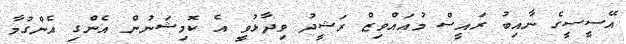
އޭސީސީގެ ނާއިބު ރައީސް މުއައްވިޒް ރަޝީދު ވިދާޅުވީ އެ ކޮމިޝަނުން އެންގި އެންގުމާ